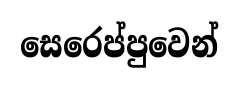
සෙරෙප්පුවෙන්